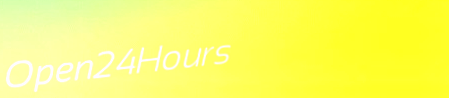
Open24Hours